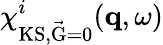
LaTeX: \chi_{\mathrm{KS,\vec{G}=0}}^{i}(\mathbf{q},\omega)